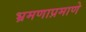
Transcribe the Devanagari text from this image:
भ्रमणाप्रमाणे